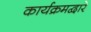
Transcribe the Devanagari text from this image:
कार्यक्रमद्वारे